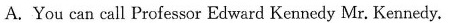
A.You can call Professor Edward Kennedy Mr. Kennedy.